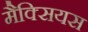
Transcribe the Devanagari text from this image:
मैक्सियस